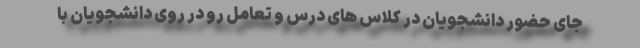
جای حضور دانشجویان در کلاس های درس و تعامل رو در روی دانشجویان با